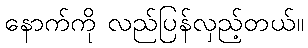
နောက်ကို လည်ပြန်လှည့်တယ်။